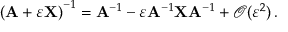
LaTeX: \left( \mathbf { A } + \varepsilon \mathbf { X } \right) ^ { - 1 } = \mathbf { A } ^ { - 1 } - \varepsilon \mathbf { A } ^ { - 1 } \mathbf { X } \mathbf { A } ^ { - 1 } + { \mathcal { O } } ( \varepsilon ^ { 2 } ) \, .